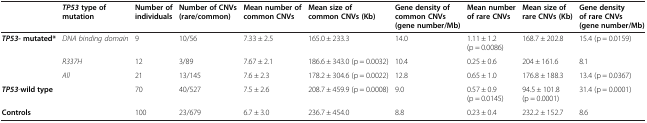
<table><thead><tr><td><b> </b></td><td><b><i>TP53 </i>type of mutation</b></td><td><b>Number of individuals</b></td><td><b>Number of CNVs (rare/common)</b></td><td><b>Mean number of common CNVs</b></td><td><b>Mean size of common CNVs (Kb)</b></td><td><b>Gene density of common CNVs (gene number/Mb)</b></td><td><b>Mean number of rare CNVs</b></td><td><b>Mean size of rare CNVs (Kb)</b></td><td><b>Gene density of rare CNVs (gene number/Mb)</b></td></tr></thead><tbody><tr><td rowspan="3"><b><i>TP53- </i></b><b>mutated*</b></td><td><i>DNA binding domain</i></td><td>9</td><td>10/56</td><td>7.33 ± 2.5</td><td>165.0 ± 233.3</td><td>14.0</td><td>1.11 ± 1.2 (p = 0.0086)</td><td>168.7 ± 202.8</td><td>15.4 (p = 0.0159)</td></tr><tr><td><i>R337H</i></td><td>12</td><td>3/89</td><td>7.67 ± 2.1</td><td>186.6 ± 343.0 (p = 0.0032)</td><td>10.4</td><td>0.25 ± 0.6</td><td>204 ± 161.6</td><td>8.1</td></tr><tr><td><i>All</i></td><td>21</td><td>13/145</td><td>7.6 ± 2.3</td><td>178.2 ± 304.6 (p = 0.0022)</td><td>12.8</td><td>0.65 ± 1.0</td><td>176.8 ± 188.3</td><td>13.4 (p = 0.0367)</td></tr><tr><td colspan="2"><b><i>TP53</i></b>-<b>wild type</b></td><td>70</td><td>40/527</td><td>7.5 ± 2.6</td><td>208.7 ± 459.9 (p = 0.0008)</td><td>9.0</td><td>0.57 ± 0.9 (p = 0.0145)</td><td>94.5 ± 101.8 (p = 0.0001)</td><td>31.4 (p = 0.0001)</td></tr><tr><td colspan="2"><b>Controls</b></td><td>100</td><td>23/679</td><td>6.7 ± 3.0</td><td>236.7 ± 454.0</td><td>8.8</td><td>0.23 ± 0.4</td><td>232.2 ± 152.7</td><td>8.6</td></tr></tbody></table>